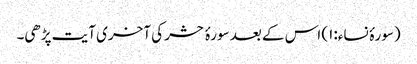
(سورۂ نساء:۱) اس کے بعد سورۂ حشر کی آخری آیت پڑھی۔